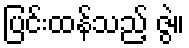
ပြင်းထန်သည့် ဇွဲ။